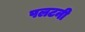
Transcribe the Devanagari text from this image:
पलटनी